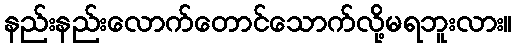
နည်းနည်းလောက်တောင်သောက်လို့မရဘူးလား။